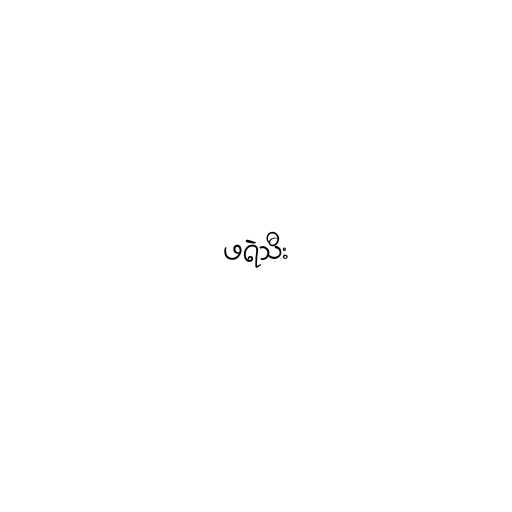
ဖရဲသီး